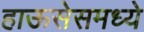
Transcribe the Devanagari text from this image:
हाऊसेसमध्ये